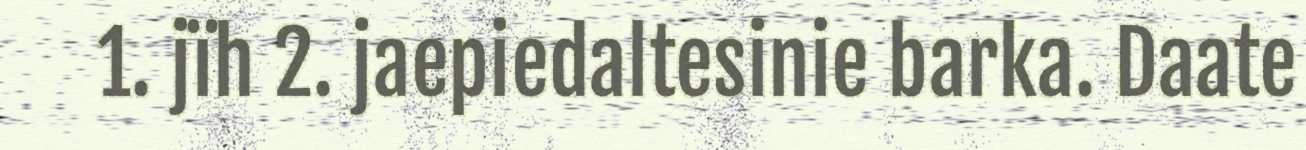
1. jïh 2. jaepiedaltesinie barka. Daate